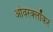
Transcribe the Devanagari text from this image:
ओवरक्लॉकर